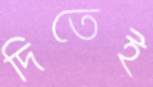
দিতেই